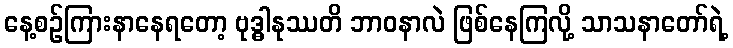
နေ့စဉ်ကြားနာနေရတော့ ဗုဒ္ဓါနုဿတိ ဘာဝနာလဲ ဖြစ်နေကြလို့ သာသနာတော်ရဲ့